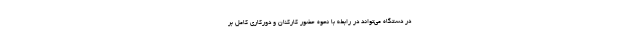
در دستگاه می‌تواند در رابطه با نحوه حضور کارکنان و دورکاری کامل بر